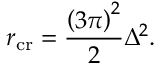
r _ { \mathrm { c r } } = \frac { \left( 3 \pi \right) ^ { 2 } } { 2 } \Delta ^ { 2 } .